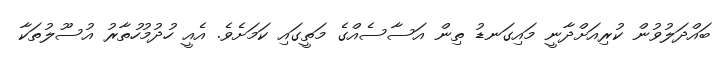
ބައްދަލުވުން ކުރިއަށްދާނީ މައިގަނޑު ތިން އަސާސެއްގެ މަތީގައި ކަމަށެވެ. އެއީ ހުދުމުހުތާރު އުސޫލުތަކާ